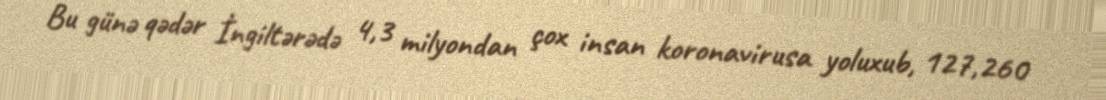
Bu günə qədər İngiltərədə 4,3 milyondan çox insan koronavirusa yoluxub, 127,260